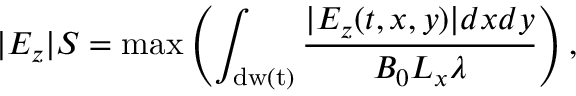
| E _ { z } | S = \mathrm { m a x } \left( \int _ { \mathrm { d w ( t ) } } \frac { | E _ { z } ( t , x , y ) | d x d y } { B _ { 0 } L _ { x } \lambda } \right) ,